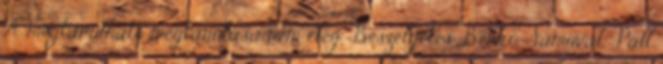
A megtanulható megtanulása nem elég. Beszélgetés Benkő Samuval. Páll